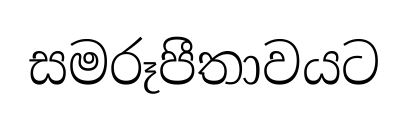
සමරූපීතාවයට